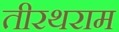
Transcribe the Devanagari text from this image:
तीरथराम